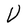
Character: V